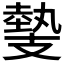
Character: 𢻝